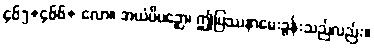
၄၆၅+၄၆၆+ လော။ အယံပိပဉှော၊ ဤပြဿနာမေးခွန်းသည်လည်း။